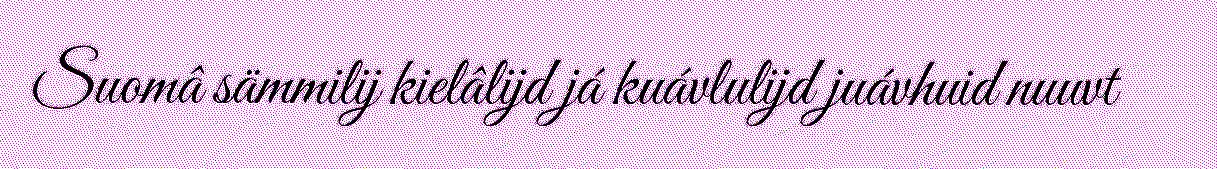
Suomâ sämmilij kielâlijd já kuávlulijd juávhuid nuuvt